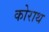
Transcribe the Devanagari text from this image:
कोराथ